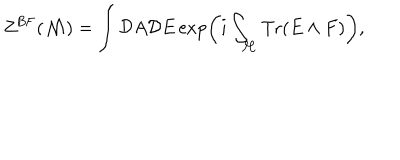
Z ^ { \mathrm { B F } } ( { \cal M } ) = \int { \cal D } A { \cal D } E \exp \left( i \int _ { \cal M } \mathrm { T r } ( E \wedge F ) \right) ,